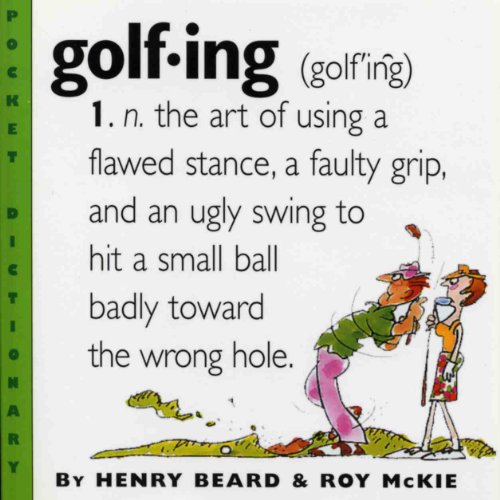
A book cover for Golfing: A Duffer's Dictionary; Henry Beard; Humor & Entertainment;